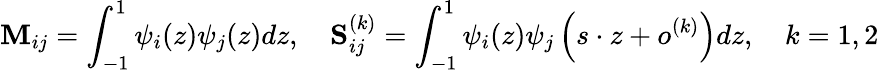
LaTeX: \mathbf{M}_{ij}=\int_{-1}^{1}\psi_{i}(z)\psi_{j}(z)dz,\quad\mathbf{S}_{ij}^{(k)}=\int_{-1}^{1}\psi_{i}(z)\psi_{j}\left(s\cdot z+o^{(k)}\right)dz,\quad k=1,2